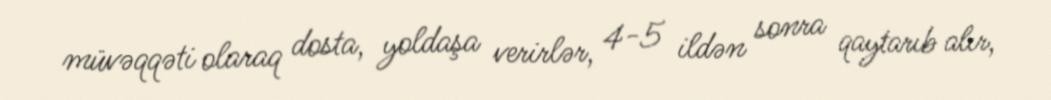
müvəqqəti olaraq dosta, yoldaşa verirlər, 4-5 ildən sonra qaytarıb alır,